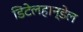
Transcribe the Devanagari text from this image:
डिटेलहान्डेल